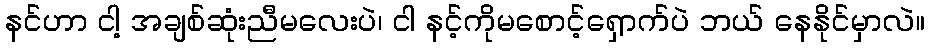
နင်ဟာ ငါ့ အချစ်ဆုံးညီမလေးပဲ၊ ငါ နင့်ကိုမစောင့်ရှောက်ပဲ ဘယ် နေနိုင်မှာလဲ။